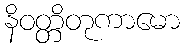
နိဝတ္တိတုကာမော